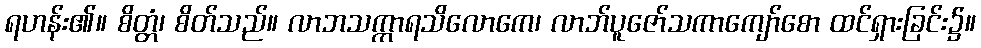
ရဟန်း၏။ စိတ္တံ၊ စိတ်သည်။ လာဘသက္ကာရသိလောကေ၊ လာဘ်ပူဇော်သကာကျော်စော ထင်ရှားခြင်း၌။